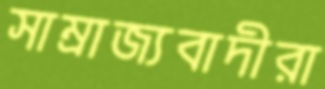
সাম্রাজ্যবাদীরা